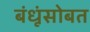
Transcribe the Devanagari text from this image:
बंधूंसोबत